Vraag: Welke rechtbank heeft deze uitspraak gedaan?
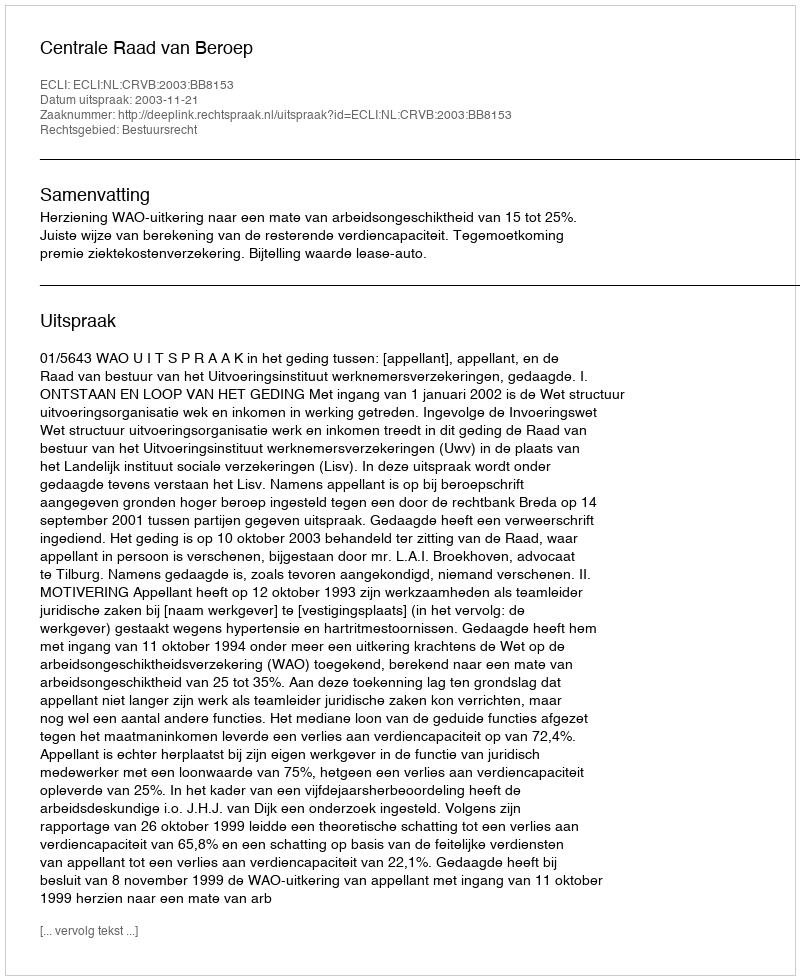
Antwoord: Centrale Raad van Beroep